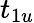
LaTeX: t_{1u}